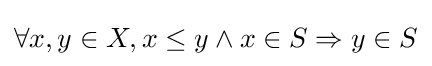
\forall x,y\in X,x\leq y\wedge x\in S\Rightarrow y\in S